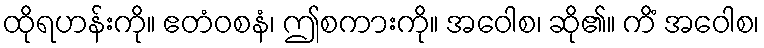
ထိုရဟန်းကို။ ဧတံဝစနံ၊ ဤစကားကို။ အဝေါစ၊ ဆို၏။ ကိံ အဝေါစ၊